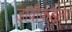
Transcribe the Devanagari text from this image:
डावीकडला